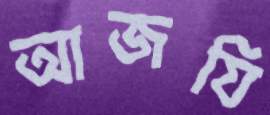
আজযি